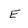
Character: E